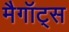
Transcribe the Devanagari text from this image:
मैगॉट्स